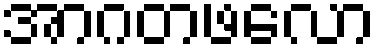
အာဂတဖလော